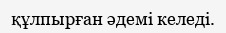
құлпырған әдемі келеді.